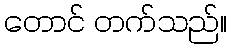
တောင် တက်သည်။